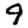
Digit: 9